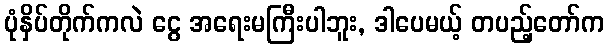
ပုံနှိပ်တိုက်ကလဲ ငွေ အရေးမကြီးပါဘူး, ဒါပေမယ့် တပည့်တော်က